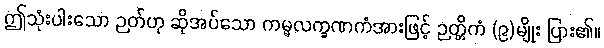
ဤသုံးပါးသော ဉတ်ဟု ဆိုအပ်သော ကမ္မလက္ခဏကံအားဖြင့် ဉတ္တိကံ (၉)မျိုး ပြား၏။